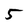
Character: 5